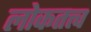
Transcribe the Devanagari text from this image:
लोकतत्त्व